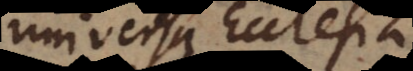
universa Ecclesia